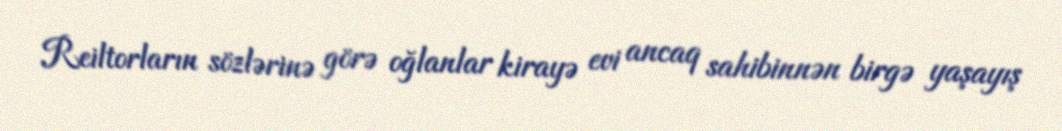
Reiltorların sözlərinə görə oğlanlar kirayə evi ancaq sahibinnən birgə yaşayış